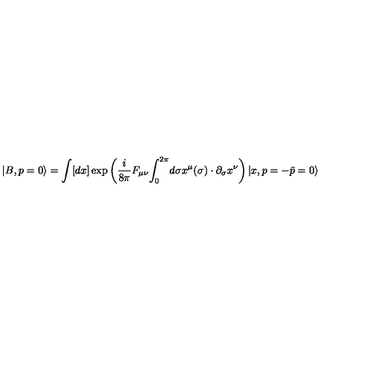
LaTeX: | B , p = 0 \rangle = \int [ d x ] \exp \left( { \frac { i } { 8 \pi } } F _ { \mu \nu } { \int _ { 0 } } ^ { 2 \pi } d \sigma x ^ { \mu } ( \sigma ) \cdot \partial _ { \sigma } x ^ { \nu } \right) | x , p = - \bar { p } = 0 \rangle